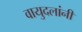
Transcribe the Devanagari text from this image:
वायुदलांनी